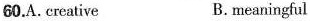
60.A.creative B.meaningful